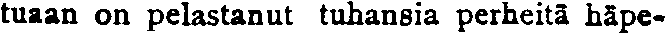
tuaan on pelastanut tuhansia perheitä häpe-